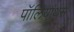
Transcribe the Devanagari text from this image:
पॉलियांथेस